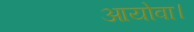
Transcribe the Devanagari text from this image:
आयोवा।